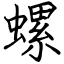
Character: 螺